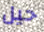
حيل